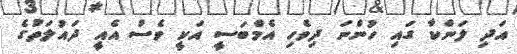
އަދި ލަންކާ ގައި ހުންނަ ދިވެހި އެމްބަސީ އަކީ ވެސް އެއީ ދައުލަތުގެ